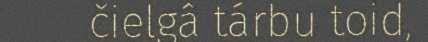
čielgâ tárbu toid,